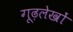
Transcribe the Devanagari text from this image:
गूढ़लेखों